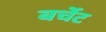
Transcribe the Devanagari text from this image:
बर्चेट